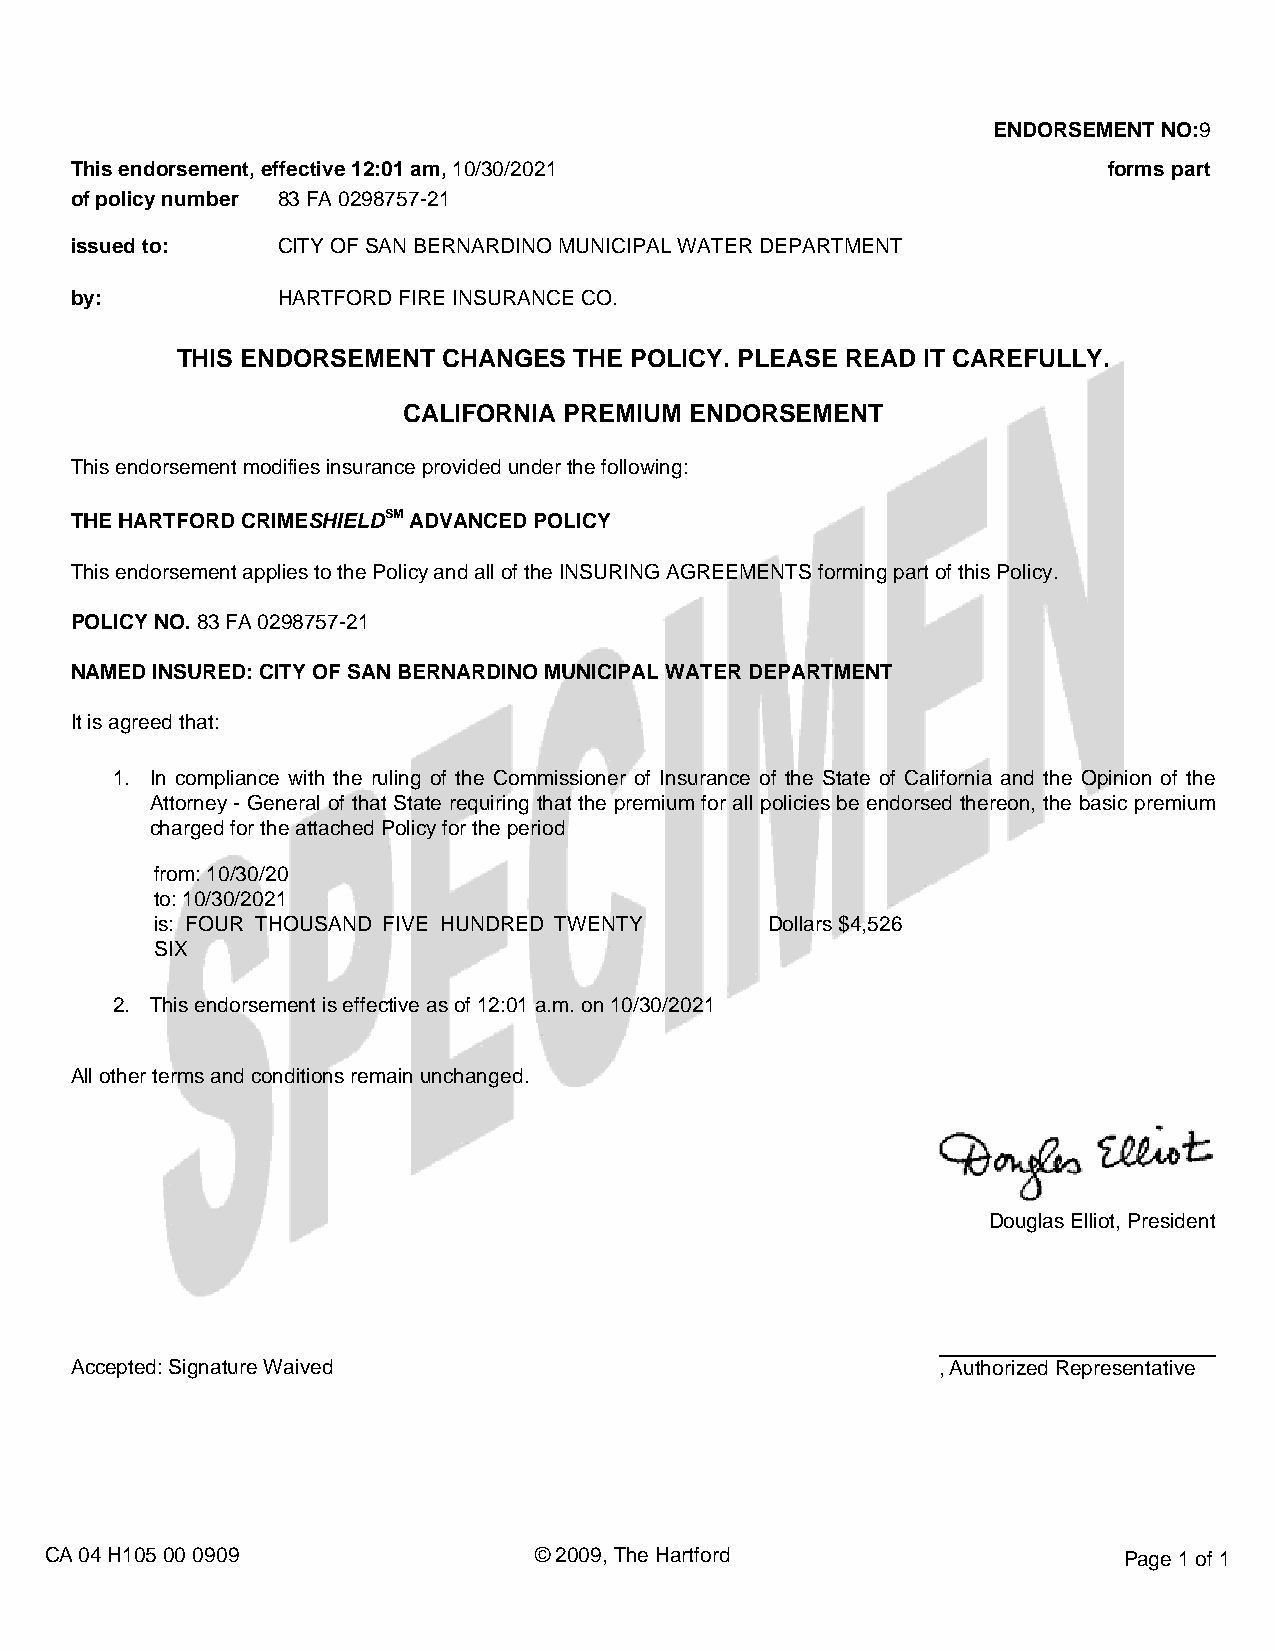
ENDORSEMENT NO:9
 This endorsement, effective 12:01 am, 10/30/2021                    forms part
 of policy number 83 FA 0298757-21
 issued to:   CITY OF SAN BERNARDINO MUNICIPAL WATER DEPARTMENT
 by:          HARTFORD FIRE INSURANCE CO.
 THIS ENDORSEMENT CHANGES  THE POLICY. PLEASE READ IT CAREFULLY.
 CALIFORNIA PREMIUM ENDORSEMENT
 This endorsement modifies insurance provided under the following:
 THE HARTFORD CRIMESHIELDSM ADVANCED POLICY
 This endorsement applies to the Policy and all of the INSURING AGREEMENTS forming part of this Policy.
 POLICY NO. 83 FA 0298757-21
 NAMED INSURED: CITY OF SAN BERNARDINO MUNICIPAL WATER DEPARTMENT
 It is agreed that:
 1. In compliance with the ruling of the Commissioner of Insurance of the State of California and the Opinion of the
 Attorney - General of that State requiring that the premium for all policies be endorsed thereon, the basic premium
 charged for the attached Policy for the period
 from: 10/30/20
 to: 10/30/2021
 is: FOUR THOUSAND FIVE HUNDRED TWENTY    Dollars $4,526
 SIX
 2. This endorsement is effective as of 12:01 a.m. on 10/30/2021
 All other terms and conditions remain unchanged.
 Douglas Elliot, President
 Accepted: Signature Waived                               , Authorized Representative
 CA 04 H105 00 0909              © 2009, The Hartford                   Page 1 of 1